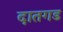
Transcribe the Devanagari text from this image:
दातगड